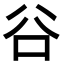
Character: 𠔌